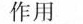
作用